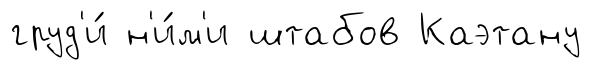
груд'и́ н'и́м'и штабов Каэтану